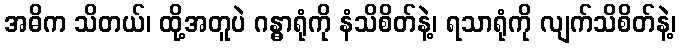
အဓိက သိတယ်၊ ထို့အတူပဲ ဂန္ဓာရုံကို နံသိစိတ်နဲ့၊ ရသာရုံကို လျက်သိစိတ်နဲ့၊